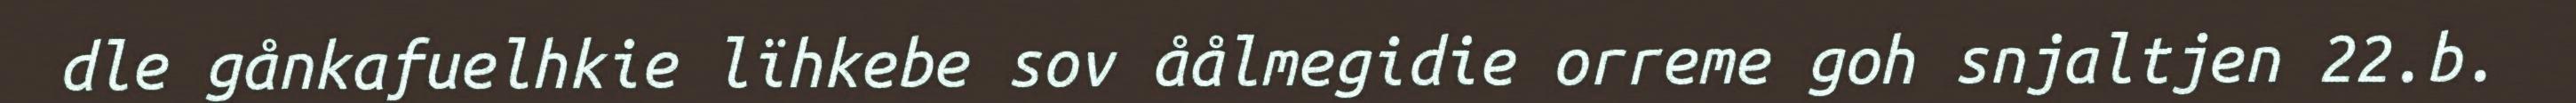
dle gånkafuelhkie lïhkebe sov åålmegidie orreme goh snjaltjen 22.b.